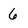
Character: 6